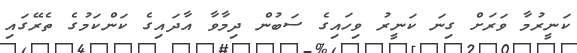
ކަނީރުމާ ވަރަށް ގިނަ ކަނީރު ވިހައިގެ ސަބުން ދިމާވާ އާދައިގެ ކަންކަމުގެ ތެރޭގައި